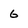
Character: 6